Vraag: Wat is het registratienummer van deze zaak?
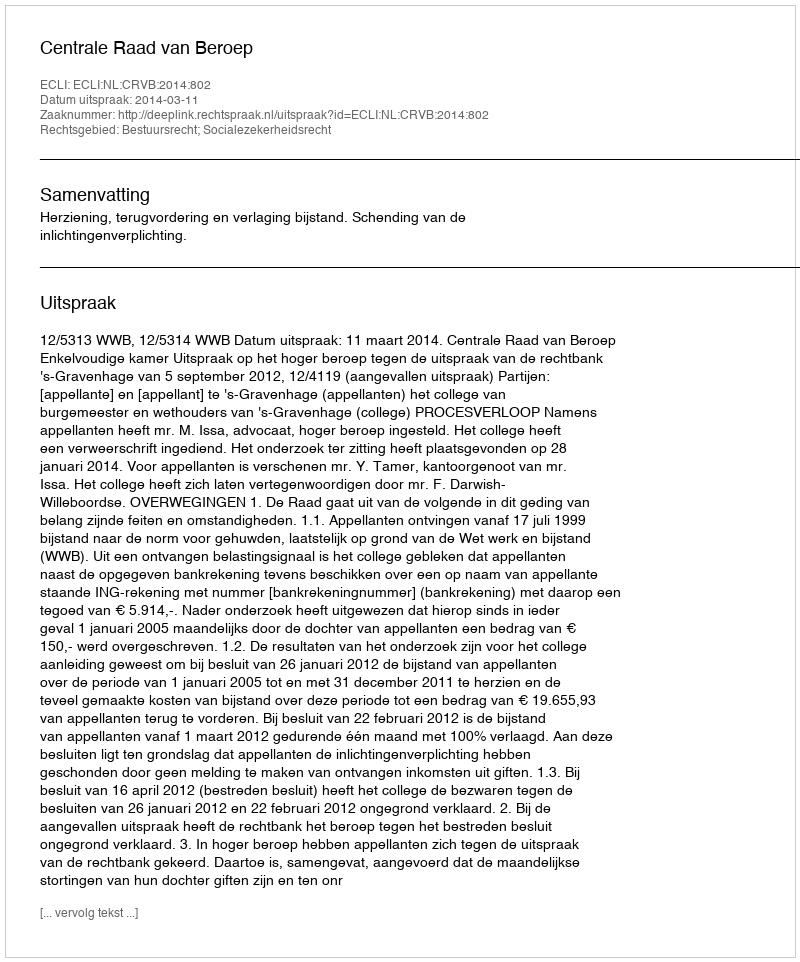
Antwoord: http://deeplink.rechtspraak.nl/uitspraak?id=ECLI:NL:CRVB:2014:802